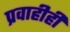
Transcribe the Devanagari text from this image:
प्रवाहीही